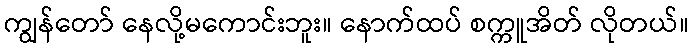
ကျွန်တော် နေလို့မကောင်းဘူး။ နောက်ထပ် စက္ကူအိတ် လိုတယ်။